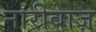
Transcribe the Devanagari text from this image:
नारीबाज़